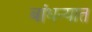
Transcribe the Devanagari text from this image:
बांधन्यात